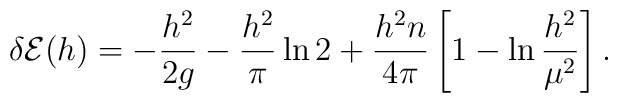
\delta {\cal E}(h) =  -{h^2 \over 2 g} - {h^2 \over \pi} \ln 2+ {h^2 n \over 4 \pi} \left [ 1 - \ln {h^2 \over \mu^2} \right ].